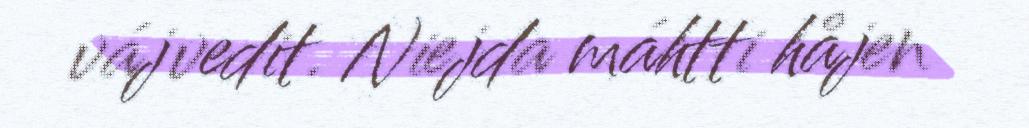
vájvedit. Niejda máhtti håjen